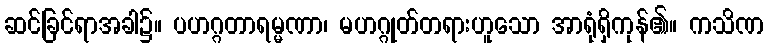
ဆင်ခြင်ရာအခါ၌။ ပဟဂ္ဂတာရမ္မဏာ၊ မဟဂ္ဂုတ်တရားဟူသော အာရုံရှိကုန်၏။ ကသိဏ